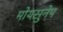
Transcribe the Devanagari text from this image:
मोयसुनेप